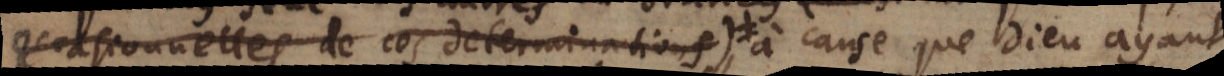
onnelles de ces determinations), à cause que Dieu ayant